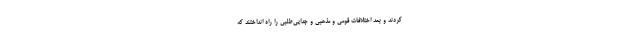
کردند و بعد اختلافات قومی و مذهبی و جدایی‌طلبی را راه انداختند که